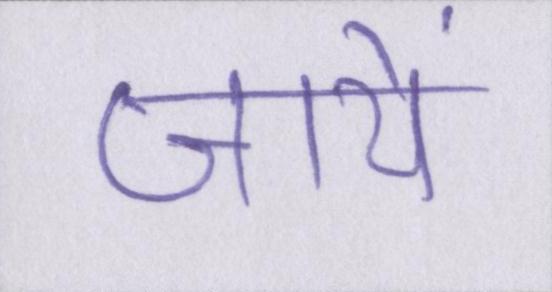
जायें